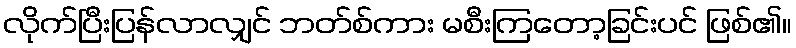
လိုက်ပြီးပြန်လာလျှင် ဘတ်စ်ကား မစီးကြတော့ခြင်းပင် ဖြစ်၏။